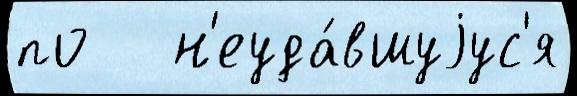
по   н'еуда́вшуjус'я